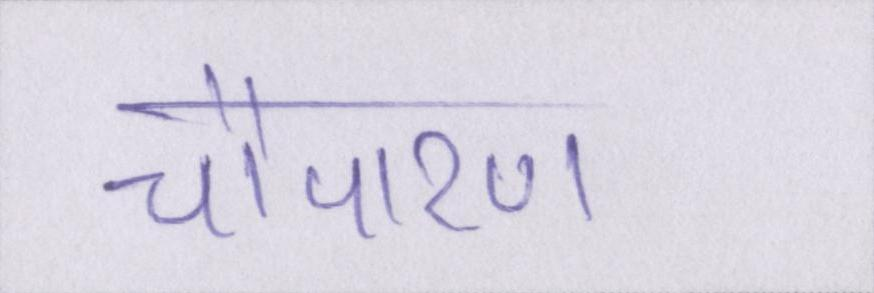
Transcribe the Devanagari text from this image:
चौपारण